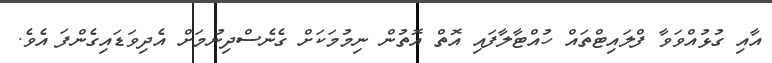
އާއި ގުޅުއްވަވާ ފްލައިޓްތައް ހުއްޓާލާފައި އޮތް އޮތުން ނިމުމަކަށް ގެނެސްދިނުމަށް އެދިވަޑައިގެންފަ އެވެ.